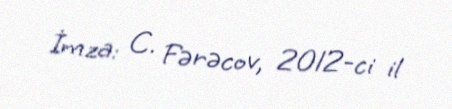
İmza: C. Fərəcov, 2012-ci il